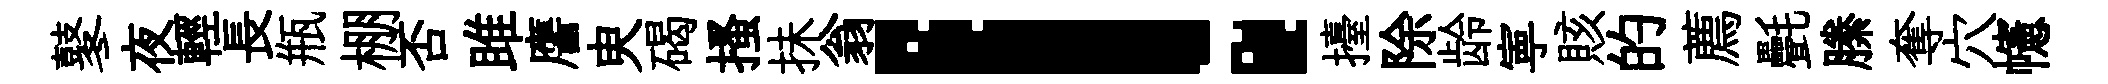
鼕夜輕長瓶棚否雎譍㬰碣搔抺翁！擡除龄寕賅的薦㲲縢奪穴幰